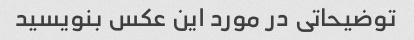
توضیحاتی در مورد این عکس بنویسید